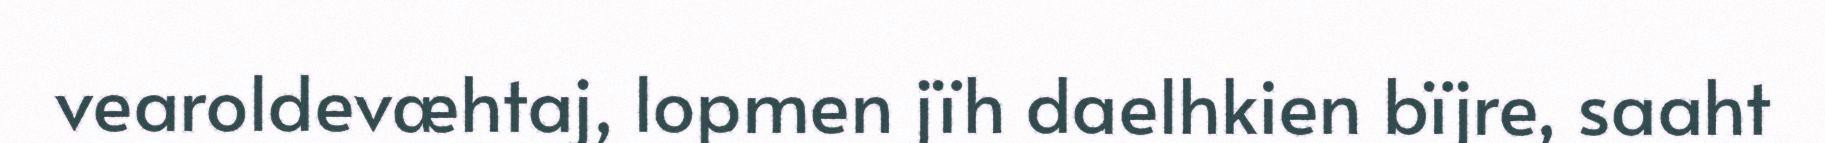
vearoldevæhtaj, lopmen jïh daelhkien bïjre, saaht